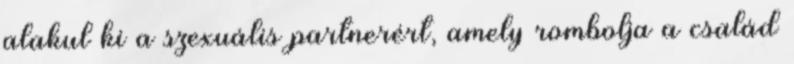
alakul ki a szexuális partnerért, amely rombolja a család